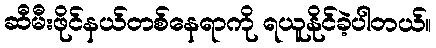
ဆီမီးဖိုင်နယ်တစ်နေရာကို ရယူနိုင်ခဲ့ပါတယ်။